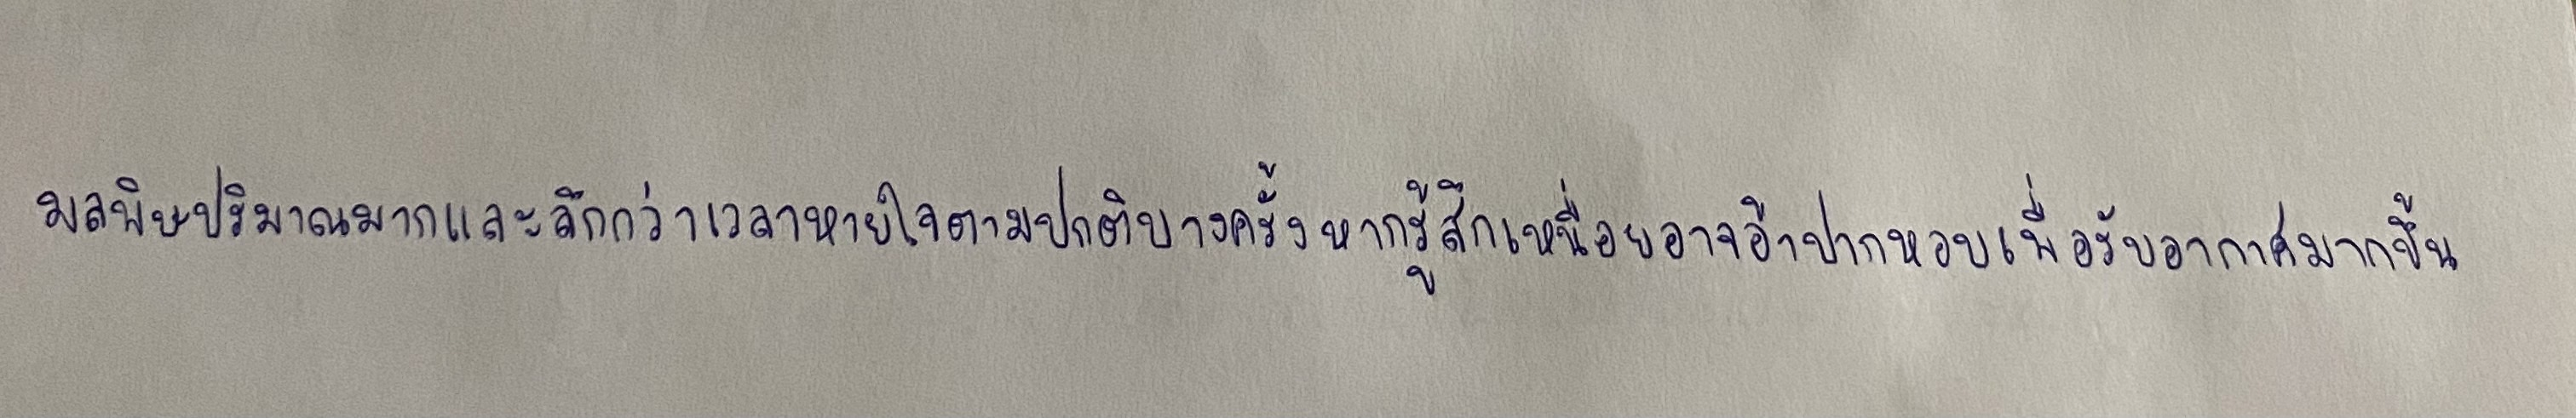
มลพิษปริมาณมากและลึกกว่าเวลาหายใจตามปกติบางครั้งหากรู้สึกเหนื่อยอาจอ้าปากหอบเพื่อรับอากาศมากขึ้น